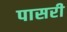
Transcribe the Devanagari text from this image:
पासरी